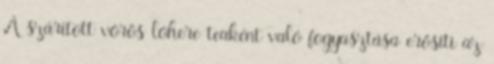
A szárított vörös lóhere teaként való fogyasztása erősíti az